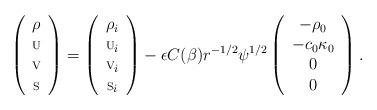
LaTeX: \begin{align*}\left(\begin{array}{c}{\rho}\\{\mbox{\scriptsize{U}}}\\{\mbox{\scriptsize{V}}}\\{\mbox{\scriptsize{S}}}\end{array}\right)=\left(\begin{array}{c}{\rho_i}\\{\mbox{\scriptsize{U}}_i}\\{\mbox{\scriptsize{V}}_i}\\{\mbox{\scriptsize{S}}_i}\end{array}\right)-{\epsilon}C(\beta)r^{-1/2}{\psi}^{1/2}\left(\begin{array}{c}{-\rho_0}\\{-c_0\kappa_0}\\{0}\\{0}\end{array}\right).\end{align*}